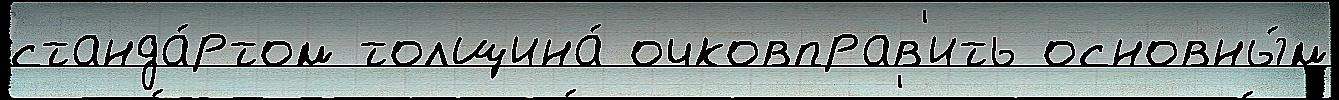
станда́ртом толщина́ очковправ'ить основны́м